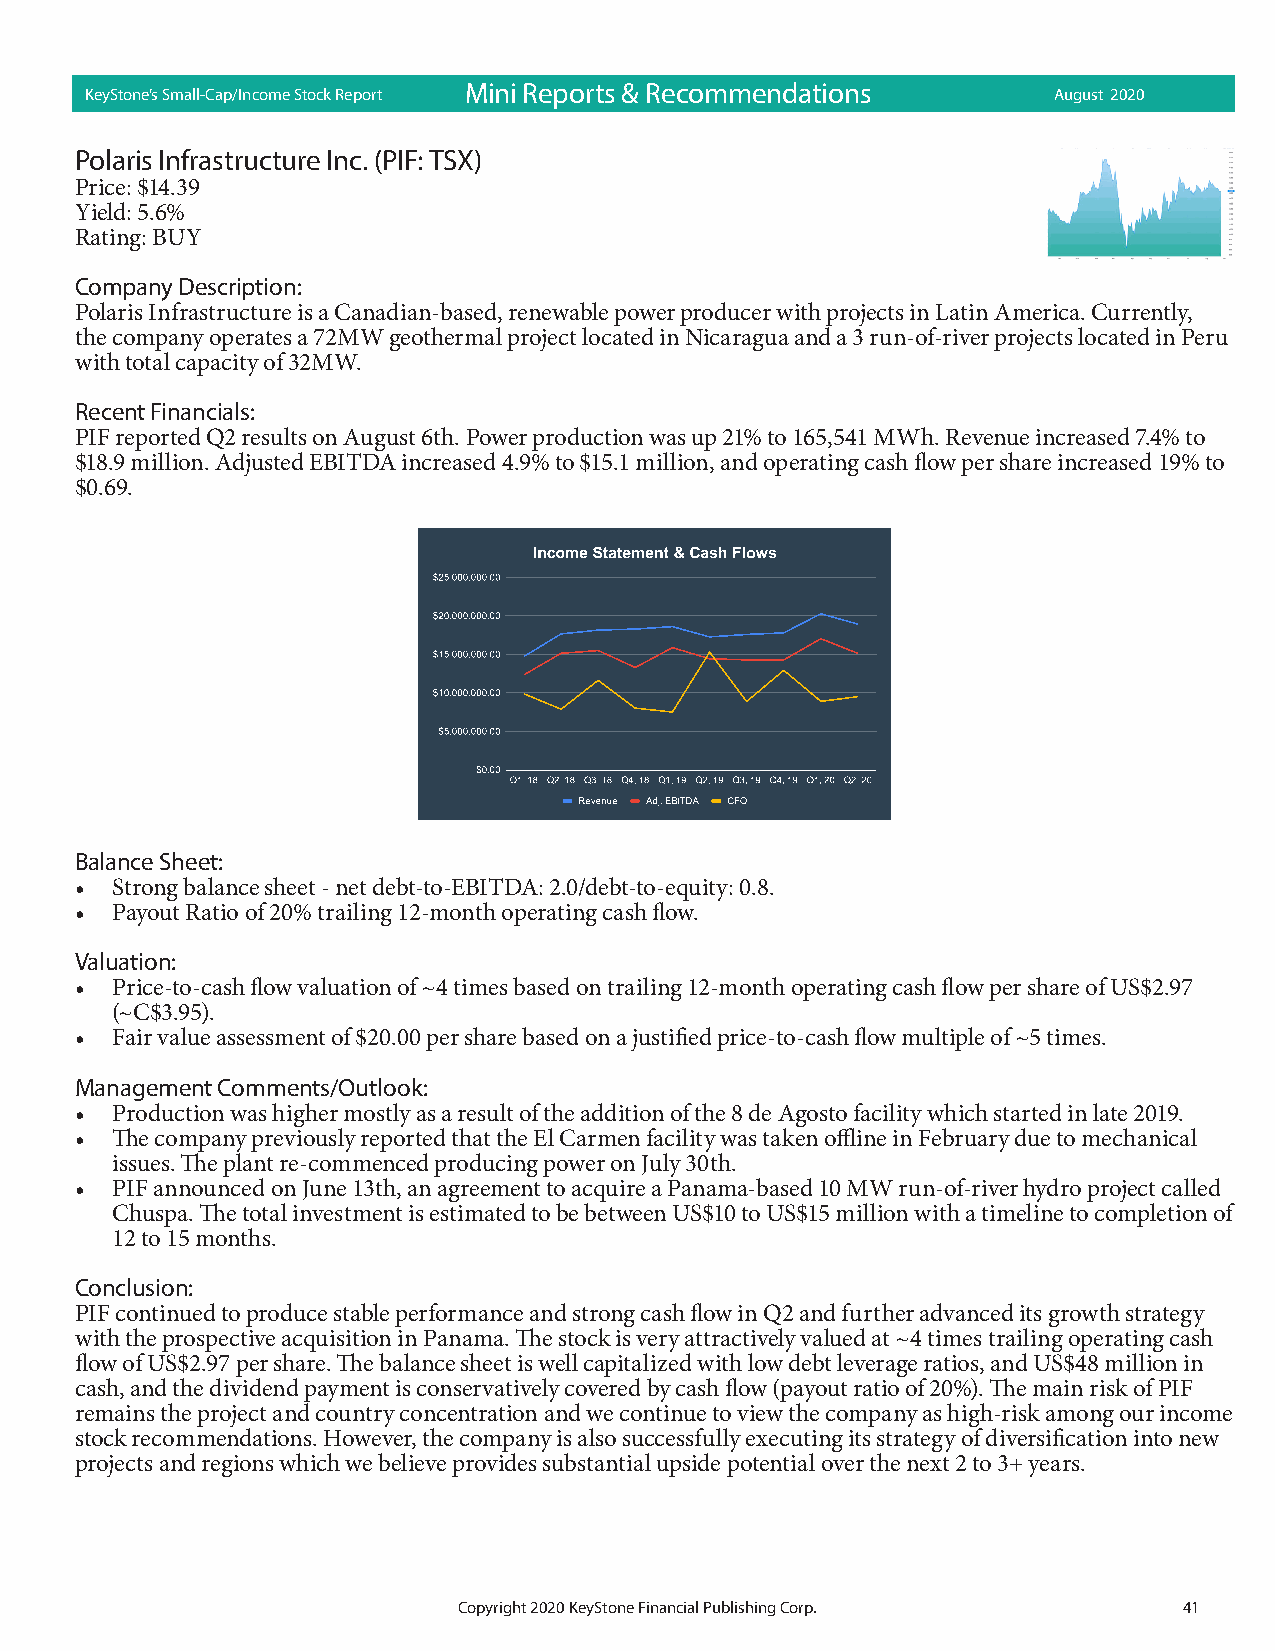
KeyStone’s Small-Cap/Income Stock Report Mini R eports & Rec omme ndatio ns August 2020
 Polaris Infrastructure Inc. (PIF: TSX)
 Price: $14.39
 Yield: 5.6%
 Rating: BUY
 Company Description:
 Polaris Infrastructure is a Canadian-based, renewable power producer with projects in Latin America. Currently,
 the company operates a 72MW geothermal project located in Nicaragua and a 3 run-of-river projects located in Peru
 with total capacity of 32MW.
 Recent Financials:
 PIF reported Q2 results on August 6th. Power production was up 21% to 165,541 MWh. Revenue increased 7.4% to
 $18.9 million. Adjusted EBITDA increased 4.9% to $15.1 million, and operating cash flow per share increased 19% to
 $0.69.
 Balance Sheet:
 • Strong balance sheet - net debt-to-EBITDA: 2.0/debt-to-equity: 0.8.
 • Payout Ratio of 20% trailing 12-month operating cash flow.
 Valuation:
 • Price-to-cash flow valuation of ~4 times based on trailing 12-month operating cash flow per share of US$2.97
 (~C$3.95).
 • Fair value assessment of $20.00 per share based on a justified price-to-cash flow multiple of ~5 times.
 Management Comments/Outlook:
 • Production was higher mostly as a result of the addition of the 8 de Agosto facility which started in late 2019.
 • The company previously reported that the El Carmen facility was taken offline in February due to mechanical
 issues. The plant re-commenced producing power on July 30th.
 • PIF announced on June 13th, an agreement to acquire a Panama-based 10 MW run-of-river hydro project called
 Chuspa. The total investment is estimated to be between US$10 to US$15 million with a timeline to completion of
 12 to 15 months.
 Conclusion:
 PIF continued to produce stable performance and strong cash flow in Q2 and further advanced its growth strategy
 with the prospective acquisition in Panama. The stock is very attractively valued at ~4 times trailing operating cash
 flow of US$2.97 per share. The balance sheet is well capitalized with low debt leverage ratios, and US$48 million in
 cash, and the dividend payment is conservatively covered by cash flow (payout ratio of 20%). The main risk of PIF
 remains the project and country concentration and we continue to view the company as high-risk among our income
 stock recommendations. However, the company is also successfully executing its strategy of diversification into new
 projects and regions which we believe provides substantial upside potential over the next 2 to 3+ years.
 Copyright 2020 KeyStone Financial Publishing Corp. 41